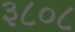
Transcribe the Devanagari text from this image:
३८०८